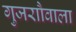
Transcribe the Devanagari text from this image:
गुजराौवाला